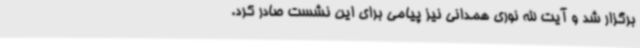
برگزار شد و آیت الله نوری همدانی نیز پیامی برای این نشست صادر کرد.